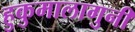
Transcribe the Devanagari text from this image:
हुकुमालागुनी